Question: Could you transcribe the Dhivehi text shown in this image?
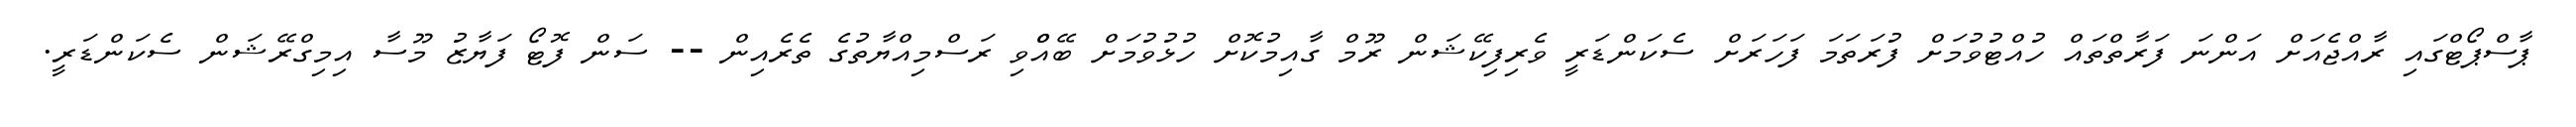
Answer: ޕާސްޕޯޓްގައި ރާއްޖެއަށް އަންނަ ފަރާތްތައް ހުއްޓުވުމަށް ފުރަތަމަ ފަހަރަށް ސެކަންޑަރީ ވެރިފިކޭޝަން ރޫމް ގާއިމުކޮށް ހުޅުވުމަށް ބޭއްްވި ރަސްމިއްޔާތުގެ ތެރެއިން -- ސަން ފޮޓޯ ފަޔާޒު މޫސާ އިމިގްރޭޝަން ސެކަންޑަރީ.